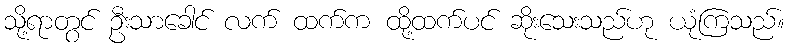
သို့ရာတွင် ဦးသာခေါင် လက် ထက်က ထို့ထက်ပင် ဆိုးသေးသည်ဟု ယုံကြသည်။